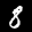
Label: 8